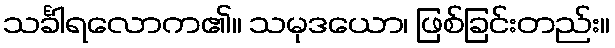
သင်္ခါရလောက၏။ သမုဒယော၊ ဖြစ်ခြင်းတည်း။